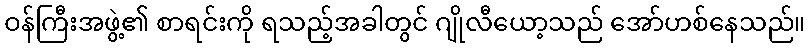
ဝန်ကြီးအဖွဲ့၏ စာရင်းကို ရသည့်အခါတွင် ဂျိုလီယော့သည် အော်ဟစ်နေသည်။